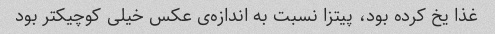
غذا یخ کرده بود، پیتزا نسبت به اندازه‌ی عکس خیلی کوچیکتر بود